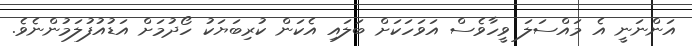
އަންނަނީ އެ މައްސަލަ ވީހާވެސް އަވަހަކަށް ބަލައި އެކަން ކުރިބަޔަކު ހޯދުމަށް އަޑުއުފުލަމުންނެވެ.